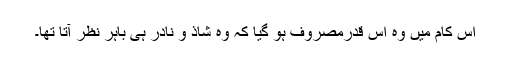
اس کام میں وہ اس قدرمصروف ہو گیا کہ وہ شاذ و نادر ہی باہر نظر آتا تھا۔